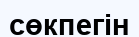
сөкпегін